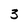
Character: 3